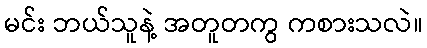
မင်း ဘယ်သူနဲ့ အတူတကွ ကစားသလဲ။